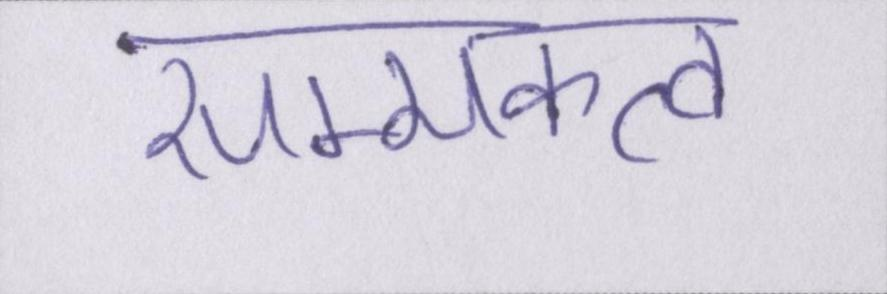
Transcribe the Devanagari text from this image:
सम्यक्त्व